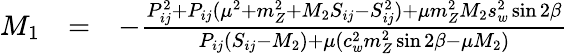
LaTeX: \begin{array}{lll}{{M_{1}}}&{{=}}&{{-\frac{P_{ij}^{2}+P_{ij}(\mu^{2}+m_{Z}^{2}+M_{2}S_{ij}-S_{ij}^{2})+\mu m_{Z}^{2}M_{2}s_{w}^{2}\sin 2\beta}{P_{ij}(S_{ij}-M_{2})+\mu(c_{w}^{2}m_{Z}^{2}\sin 2\beta-\mu M_{2})}}}\end{array}